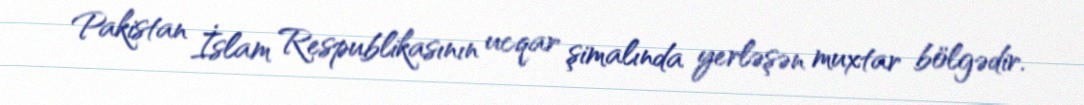
Pakistan İslam Respublikasının ucqar şimalında yerləşən muxtar bölgədir.